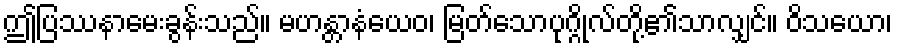
ဤပြဿနာမေးခွန်းသည်။ မဟန္တာနံယေဝ၊ မြတ်သောပုဂ္ဂိုလ်တို့၏သာလျှင်။ ဝိသယော၊